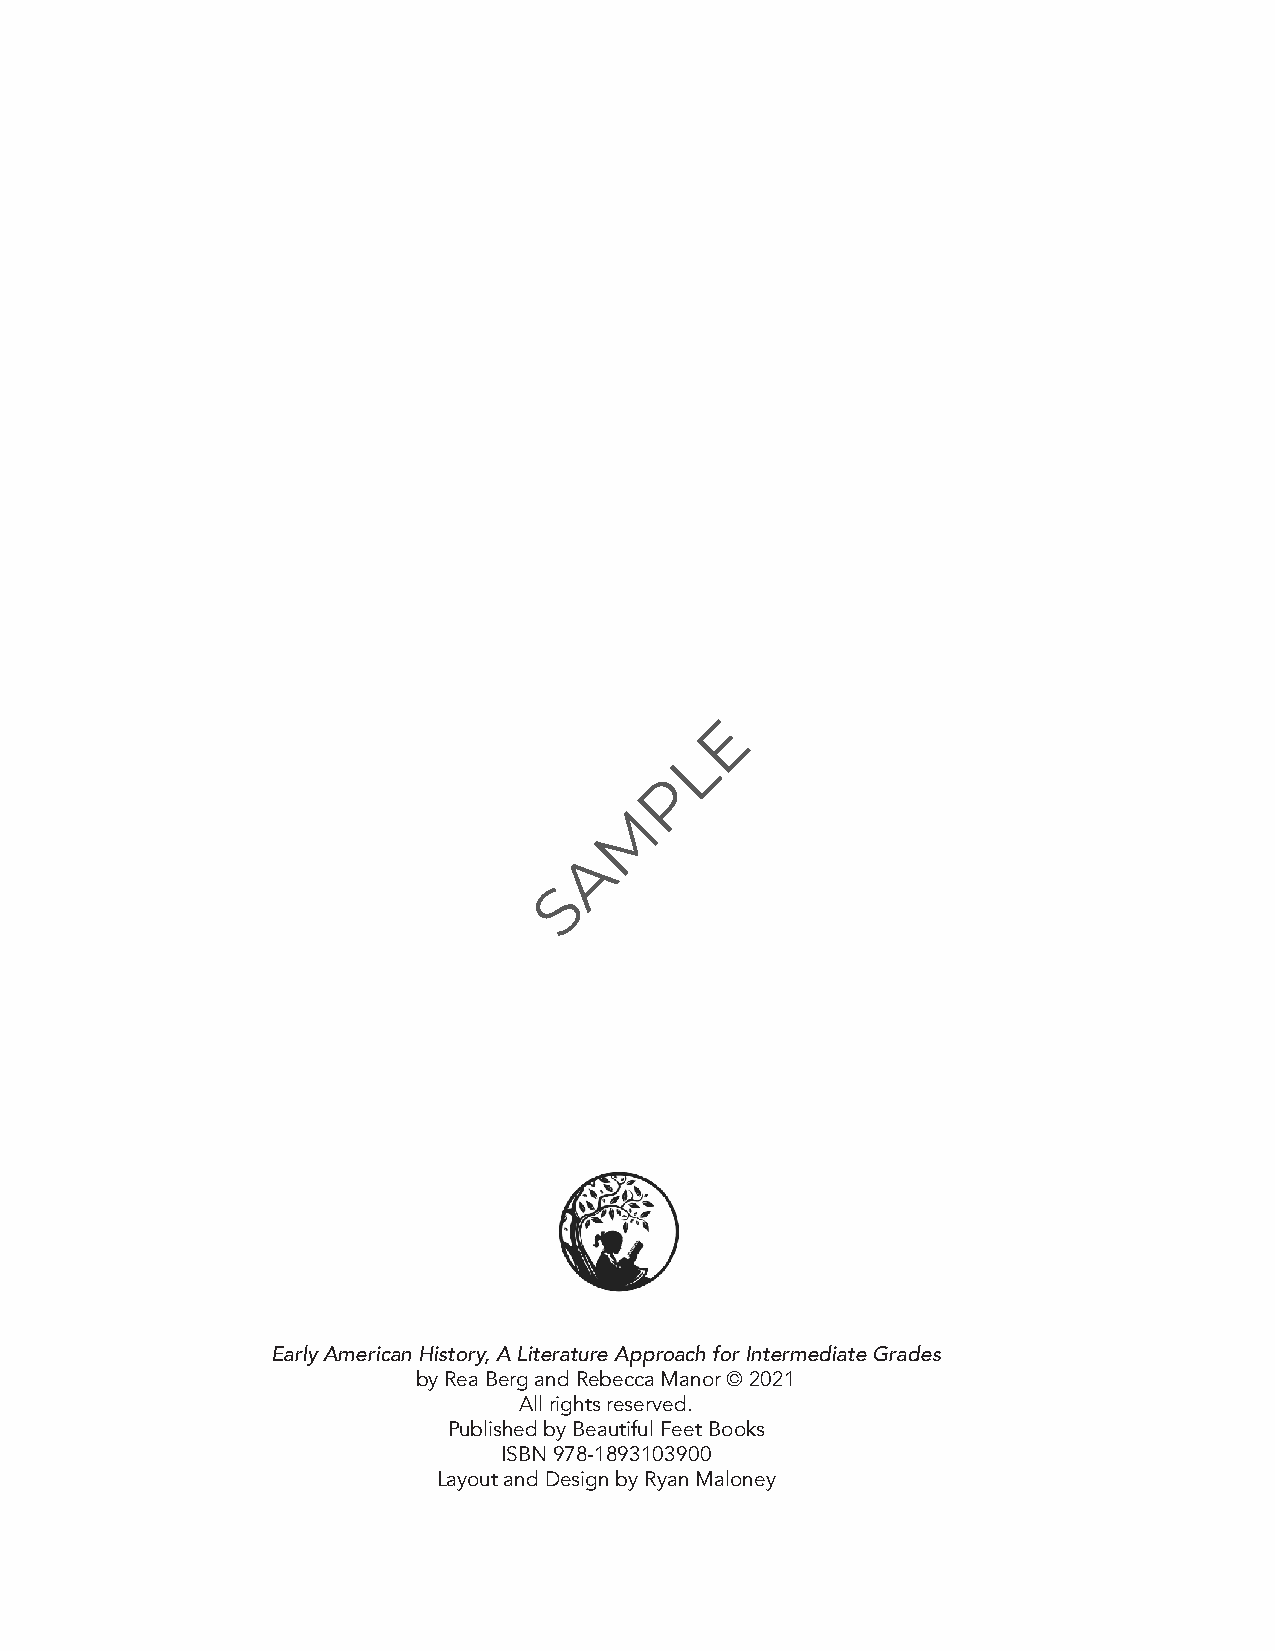
E
 L
 P
 M
 A
 S
 Early American History, A Literature Approach for Intermediate Grades
 by Rea Berg and Rebecca Manor © 2021
 All rights reserved.
 Published by Beautiful Feet Books
 ISBN 978-1893103900
 Layout and Design by Ryan Maloney